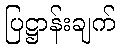
ပြဋ္ဌာန်းချက်